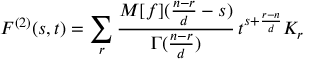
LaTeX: F ^ { ( 2 ) } ( s , t ) = \sum _ { r } \frac { M [ f ] ( \frac { n - r } { d } - s ) } { \Gamma ( \frac { n - r } { d } ) } \, t ^ { s + \frac { r - n } { d } } K _ { r }